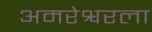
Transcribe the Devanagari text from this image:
अमरेश्वरला